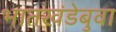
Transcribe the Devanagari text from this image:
भातखंडेबुवा